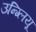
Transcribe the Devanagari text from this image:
उन्ग्लियू